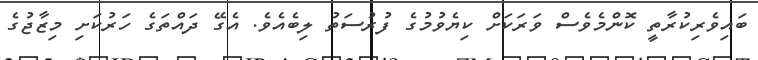
ބައިވެރިކުރާތީ ކޮންމެވެސް ވަރަކަށް ކިޔެވުމުގެ ފުރުސަތު ލިބެއެވެ. އެގޭ ދައްތަގެ ހަރުކަށި މިޒާޖުގެ